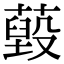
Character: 𦽐